Vaccination in the Punjab 1867-1880 - 1867-1880
Year: 1867
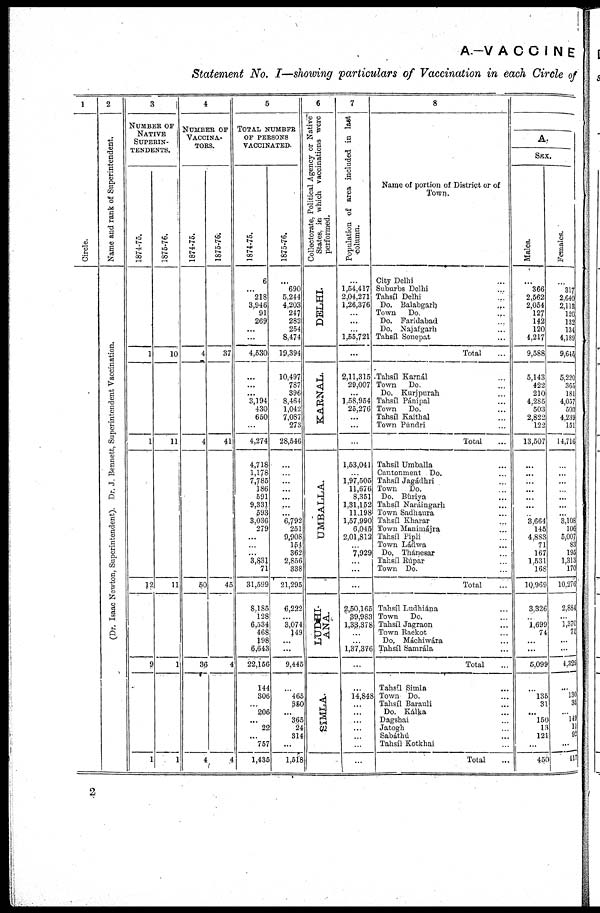
A.-V A C C I N E
Statement No. I—showing particulars of Vaccination in each Circle of
1
Circle.
2
Name and rank of Superintendent.
(Dr. I saac Ne wt on, S u p e r i n t e n d e n t ) . Dr. J. Bennet t
, Superintendent Vaccination.
3
NUMBER OF
NATIVE
SUPERIN¬
---------
1874-75.
1
1
12
9
1
1875-76.
10
11
11
1
1
4
NUMBER OF
VACCINA-
TORS.
1874-75.
4
4
50
36
4
1875-76.
37
41
45
4
4
5
TOTAL NUMBER
OF PERSONS
VACCINATED.
1874-75.
6
...
218
3,946
91
269
...
...
4,530
...
...
...
3,194
430
650
...
4,274
4,718
1,178
7,785
186
591
9,331
593
3,036
279
...
...
...
3,831
71
31,599
8,185
128
6,534
468
198
6,643
22,156
144
306
...
206
...
22
...
757
1,435
1875-76.
...
690
5,244
4,203
247
282
254
8,474
19,394
10,497
787
396
8,464
1,042
7,087
273
28,546
...
...
...
...
...
...
...
6,792
251
9,908
154
362
2,856
338
21,295
6,222
...
3,074
149
...
...
9,445
...
465
350
...
365
24
314
...
1,518
6
Collectorate, Political Agency or Native
States, in which vaccinations were
performed.
DELHI.
KARNAL.
UMBALLA.
LUDHI-
ANA.
SIMLA.
7
Population of area included in last
column.
...
1,54,417
2,04,271
1,26,376
...
...
...
1,55,721
...
2,11,315
29,007
...
1,58,954
25,276
...
...
...
1,53,041
...
1,97,505
11,676
8,351
1,31,152
11,198
1,57,990
6,045
2,01,812
...
7,929
...
...
...
2,50,165
39,983
1,33,378
...
...
1,37,376
...
...
14,848
...
...
...
...
...
...
...
8
Name of portion of District or of
Town.
City Delhi. ...
Suburbs Delhi ...
Tahsíl Delhi ...
Do. Balabgarh ...
Town
Do. ...
Do. Faridabad ...
Do. Najafgarh ...
Tahsíl Sonepat ...
Total ...
Tahsíl Karnál ...
Town
Do. ...
Do. Kurjpurah ...
Tahsíl Pánipal ...
Town
Do. ...
Tahsíl Kaithal ...
Town Púndri ...
Total ...
Tahsíl Umballa ...
Cantonment Do. ...
Tahsíl Jagádhri ...
Town
Do. ...
Do. Búriya ...
Tahsíl Naráingarh ...
Town Sadhaura ...
Tahsíl Kharar ...
Town Manimájra ...
Tahsíl Pipli ...
Town Ládwa ...
Do. Thánesax ...
Tahsíl Rúpar ...
Town Do. ...
Total ...
Tahsíl Ludhiána ...
Town
Do. ...
Tahsíl Jagraon ...
Town Raekot ...
Do. Máchiwára ...
Tahsíl Samríla ...
Total ...
Tahsíl Simla ...
Town Do. ...
Tahsíl Barauli ...
Do. Kálka ...
Dagshai ...
Jatogh ...
Sabathú ...
Tahsíl Kotkhai ...
Total ...
A.
SEX.
Males.
...
366
2,562
2,054
127
142
120
4,217
9,588
5,143
422
210
4,285
503
2,822
122
13,507
...
...
...
...
...
...
...
3.664
145
4,883
71
167
1,531
168
10,969
3,326
...
1,699
74
...
...
5,099
...
135
31
...
150
13
121
...
450
Females.
...
317
2,640
2,113
120
132
134
4,189
9,645
5,220
365
181
4,057
503
4,239
151
14,716
...
...
...
...
...
...
...
3,108
106
5,007
83
195
1,313
170
10,276
2,884
...
1,370
75
...
...
4,329
...
130
35
...
149
11
92
...
417
2